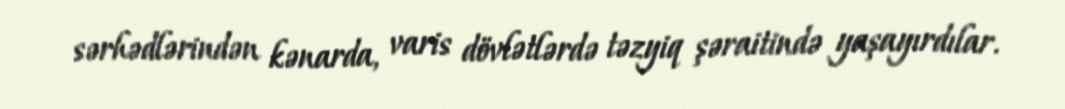
sərhədlərindən kənarda, varis dövlətlərdə təzyiq şəraitində yaşayırdılar.